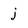
Character: j